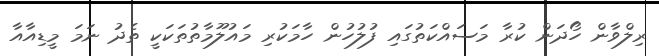
ރިލްވާން ހޯދަން ކުރާ މަސައްކަތުގައި ފުލުހުން ހާމަކުރި މައުލޫމާތުތަކަކީ ތެދު ނަމަ މީޑިއާއާ